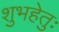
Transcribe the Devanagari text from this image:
शुभहेतुः